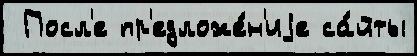
 Посл'е пр'едложе́н'иjе са́йты